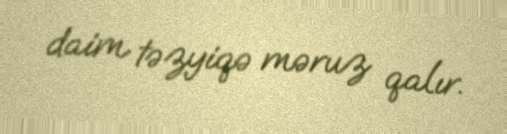
daim təzyiqə məruz qalır.